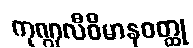
ကုဏ္ဍလီဝိမာနဝတ္ထု